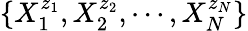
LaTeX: \{ X_{1}^{z_{1}},X_{2}^{z_{2}},\cdots,X_{N}^{z_{N}}\}